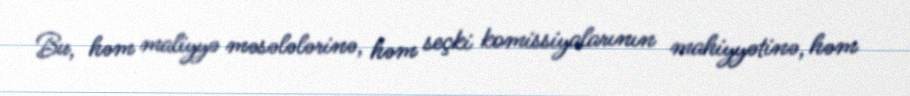
Bu, həm maliyyə məsələlərinə, həm seçki komissiyalarının mahiyyətinə, həm